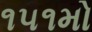
૧૫૧મો